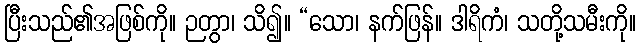
ပြီးသည်၏အဖြစ်ကို။ ဉတွာ၊ သိ၍။ “သော၊ နက်ဖြန်။ ဒါရိကံ၊ သတို့သမီးကို။